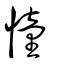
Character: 憧